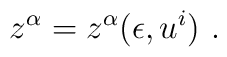
z^\alpha =z^\alpha(\epsilon ,u ^i  )\ .